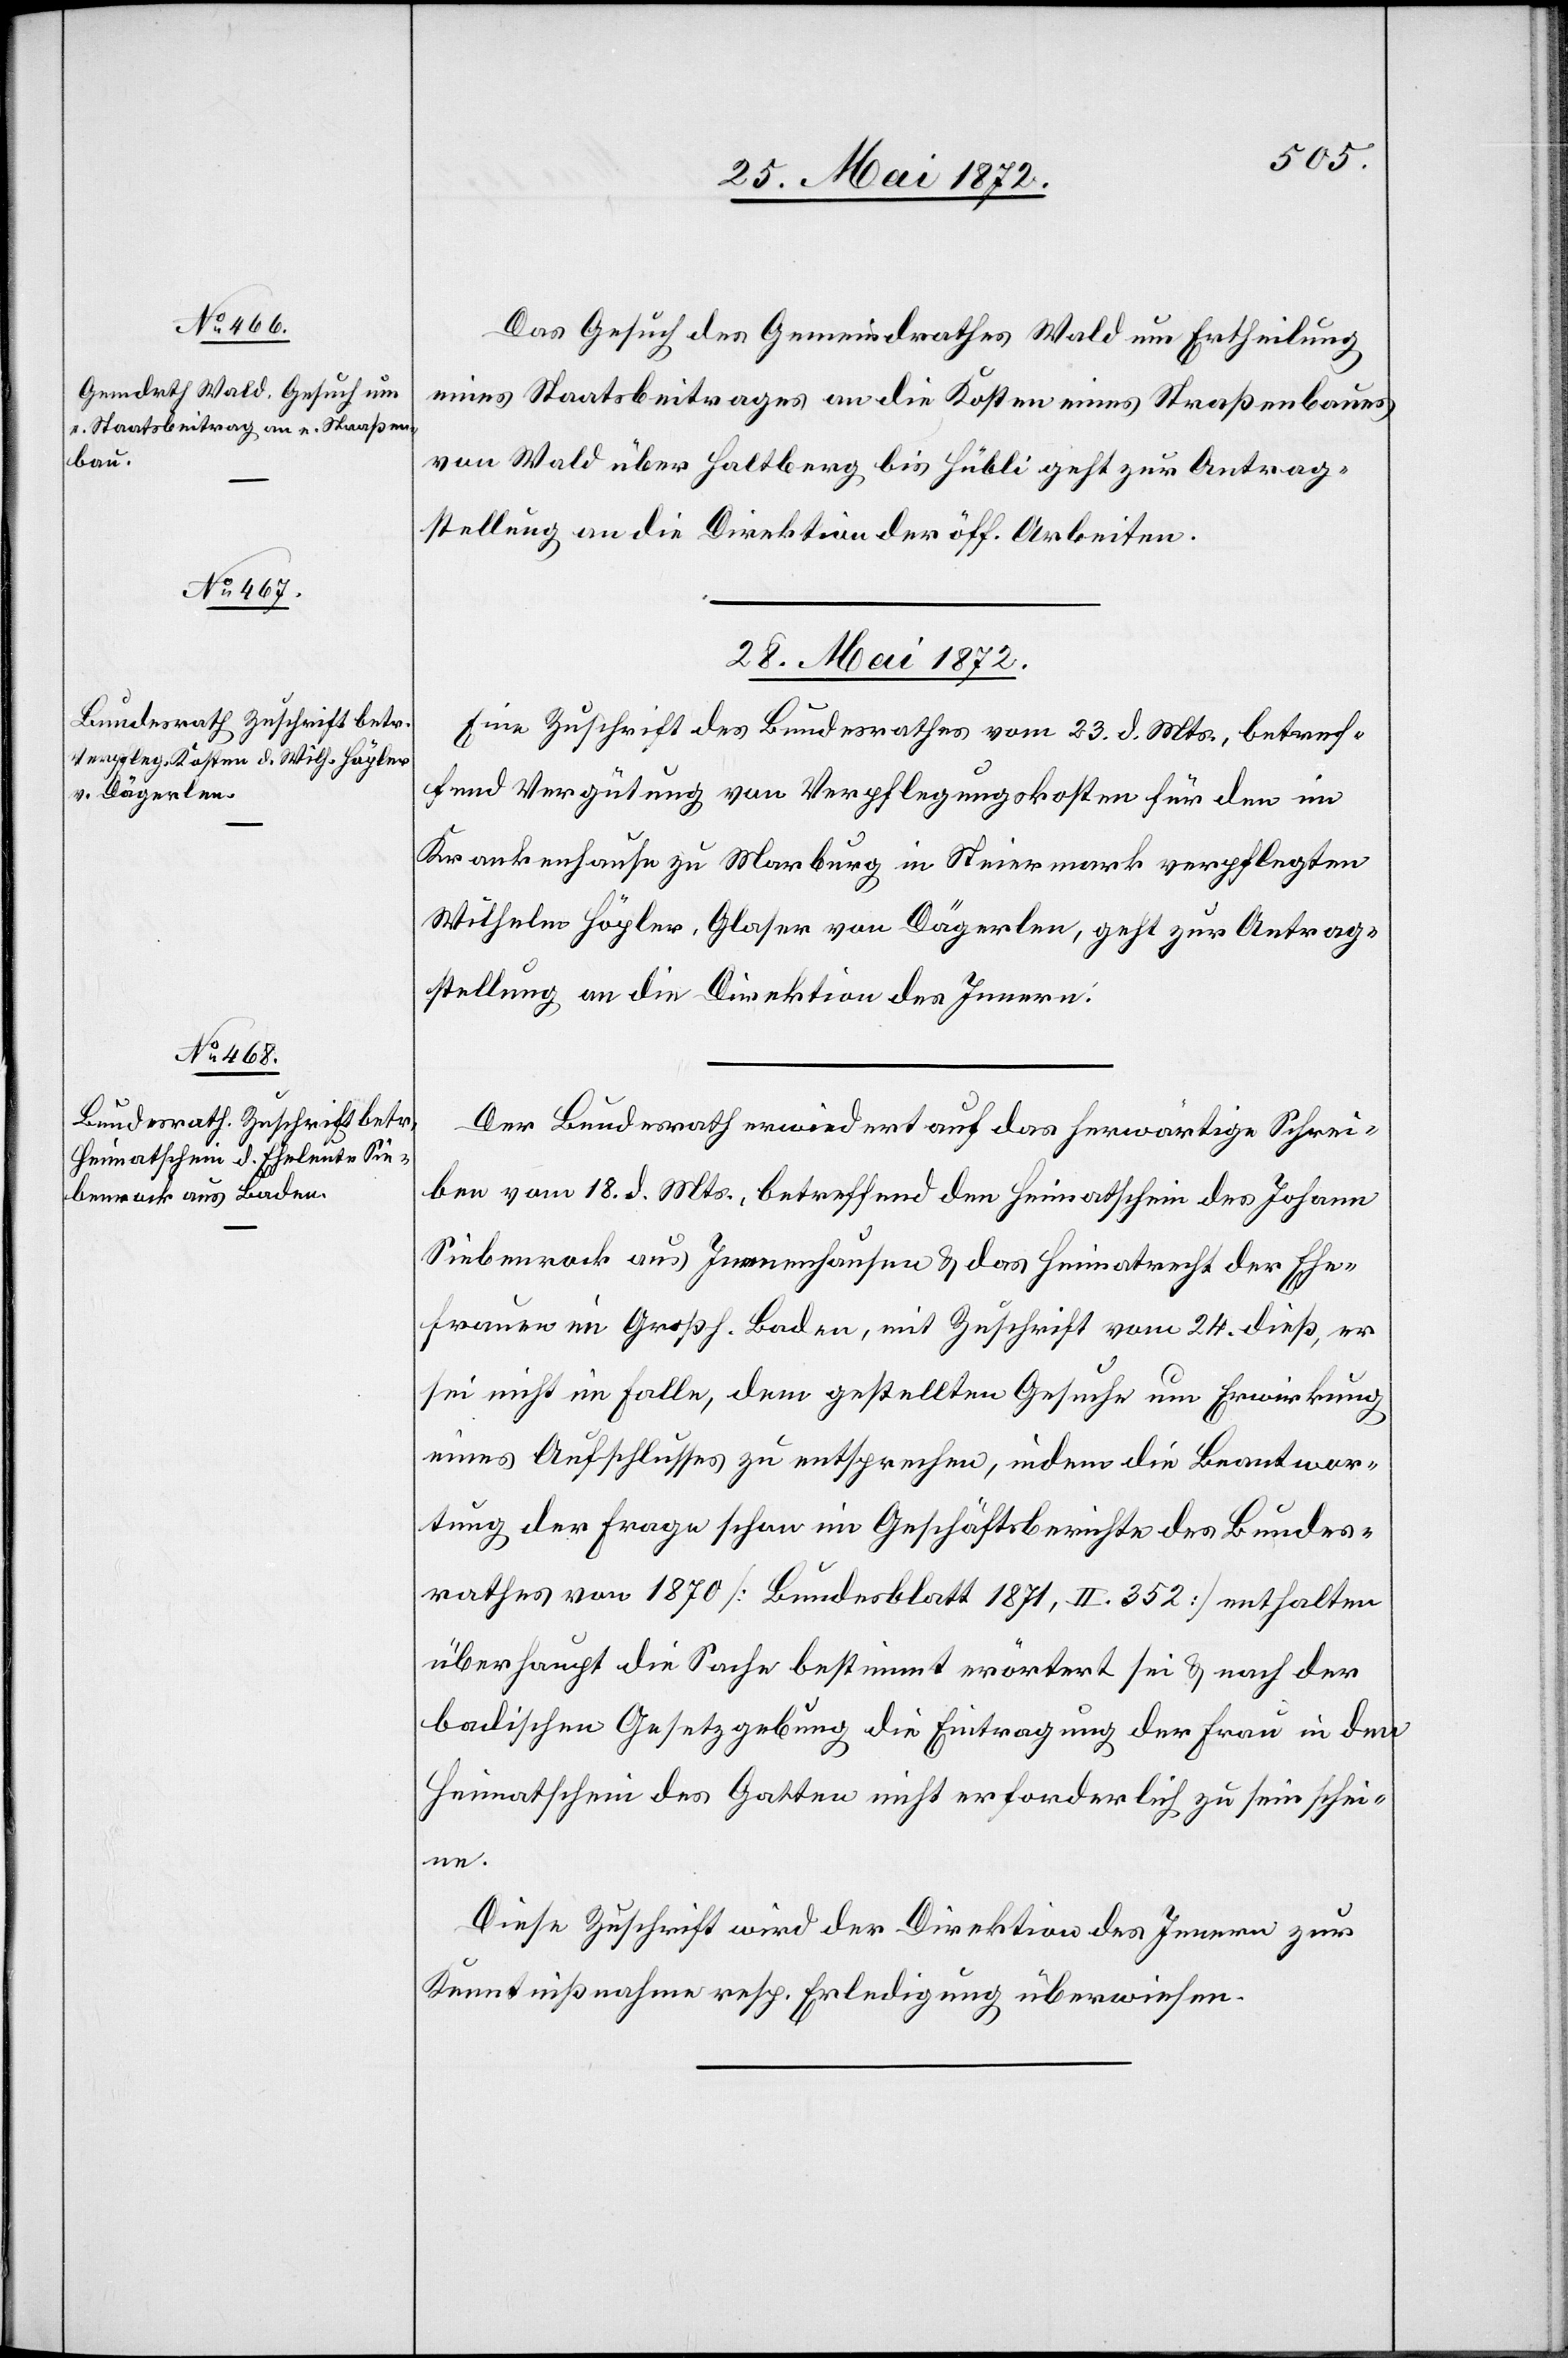
28. Mai 1872.]
Das Gesuch des Gemeindrathes Wald um Ertheilung
eines Staatsbeitrages an die Kosten eines Straßenbaues
von Wald über Haltberg bis Hübli geht zur Antrag¬
stellung an die Direktion der öff. Arbeiten.
28. Mai 1872.
Eine Zuschrift des Bundesrathes vom 23. d. Mts., betref¬
fend Vergütung von Verpflegungskosten für den im
Krankenhause zu Marburg in Steiermark verpflegten
Wilhelm Höpler, Glaser von Dägerlen, geht zur Antrag¬
stellung an die Direktion des Innern.
Der Bundesrath erwiedert auf das herwärtige Schrei¬
ben vom 18. d. Mts., betreffend den Heimatschein des Johann
Siebenrock aus Immenhausen u. das Heimatrecht der Ehe¬
frauen im Großh. Baden, mit Zuschrift vom 24. dieß, er
sei nicht im Falle, dem gestellten Gesuche um Erwirkung
eines Aufschlusses zu entsprechen, indem die Beantwor¬
tung der Frage schon im Geschäftsberichte des Bundes¬
rathes von 1870 [Bundesblatt 1871, II. 352] enthalten
überhaupt die Sache bestimmt erörtert sei u. nach der
badischen Gesetzgebung die Eintragung der Frau in den
Heimatschein des Gatten nicht erforderlich zu sein schei¬
ne.
Diese Zuschrift wird der Direktion des Innern zur
Kenntnißnahme resp. Erledigung überwiesen.